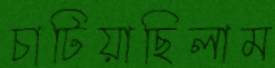
চাটিয়াছিলাম